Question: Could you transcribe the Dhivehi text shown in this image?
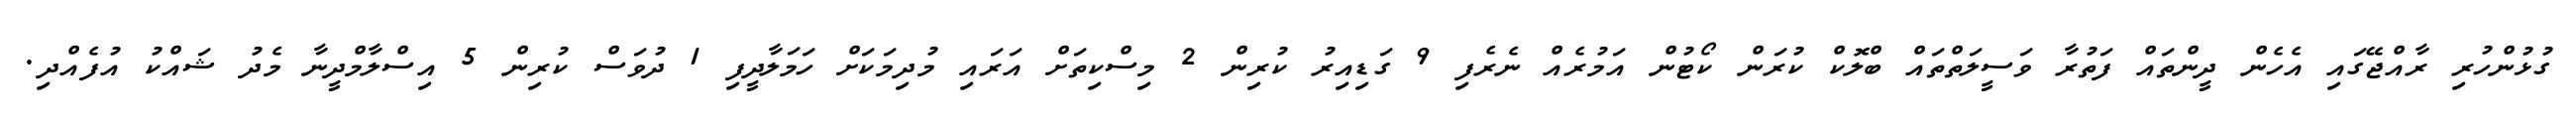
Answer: ގުޅުންހުރި ރާއްޖޭގައި އެހެން ދީންތައް ފަތުރާ ވަސީލަތްތައް ބްލޮކް ކުރަން ކޯޓުން އަމުރެއް ނެރެފި 9 ގަޑިއިރު ކުރިން 2 މިސްކިތަށް އަރައި މުދިމަކަށް ހަމަލާދީފި 1 ދުވަސް ކުރިން 5 އިސްލާމްދީނާ މެދު ޝައްކު އުފެއްދި.